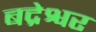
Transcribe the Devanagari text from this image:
बद्रेश्वर